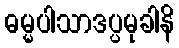
ဓမ္မပါသာဒပ္ပမုခါနိ